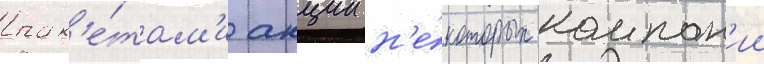
пак'е́там'и акции н'е́которых компан'ии